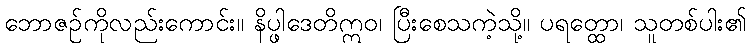
ဘောဇဉ်ကိုလည်းကောင်း။ နိပ္ဖါဒေတိဣဝ၊ ပြီးစေသကဲ့သို့။ ပရတ္ထော၊ သူတစ်ပါး၏